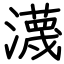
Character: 瀎